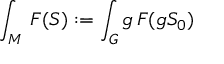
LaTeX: \int _ { M } \d S \, F ( S ) : = \int _ { G } \d g \, F ( g S _ { 0 } )